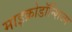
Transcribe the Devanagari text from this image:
माइक्रोडॉन्शिज्म